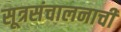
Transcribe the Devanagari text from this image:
सूत्रसंचालनाची